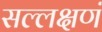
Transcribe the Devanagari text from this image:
सल्लक्षणं